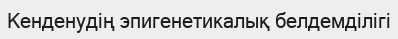
Кенденудің эпигенетикалық белдемділігі